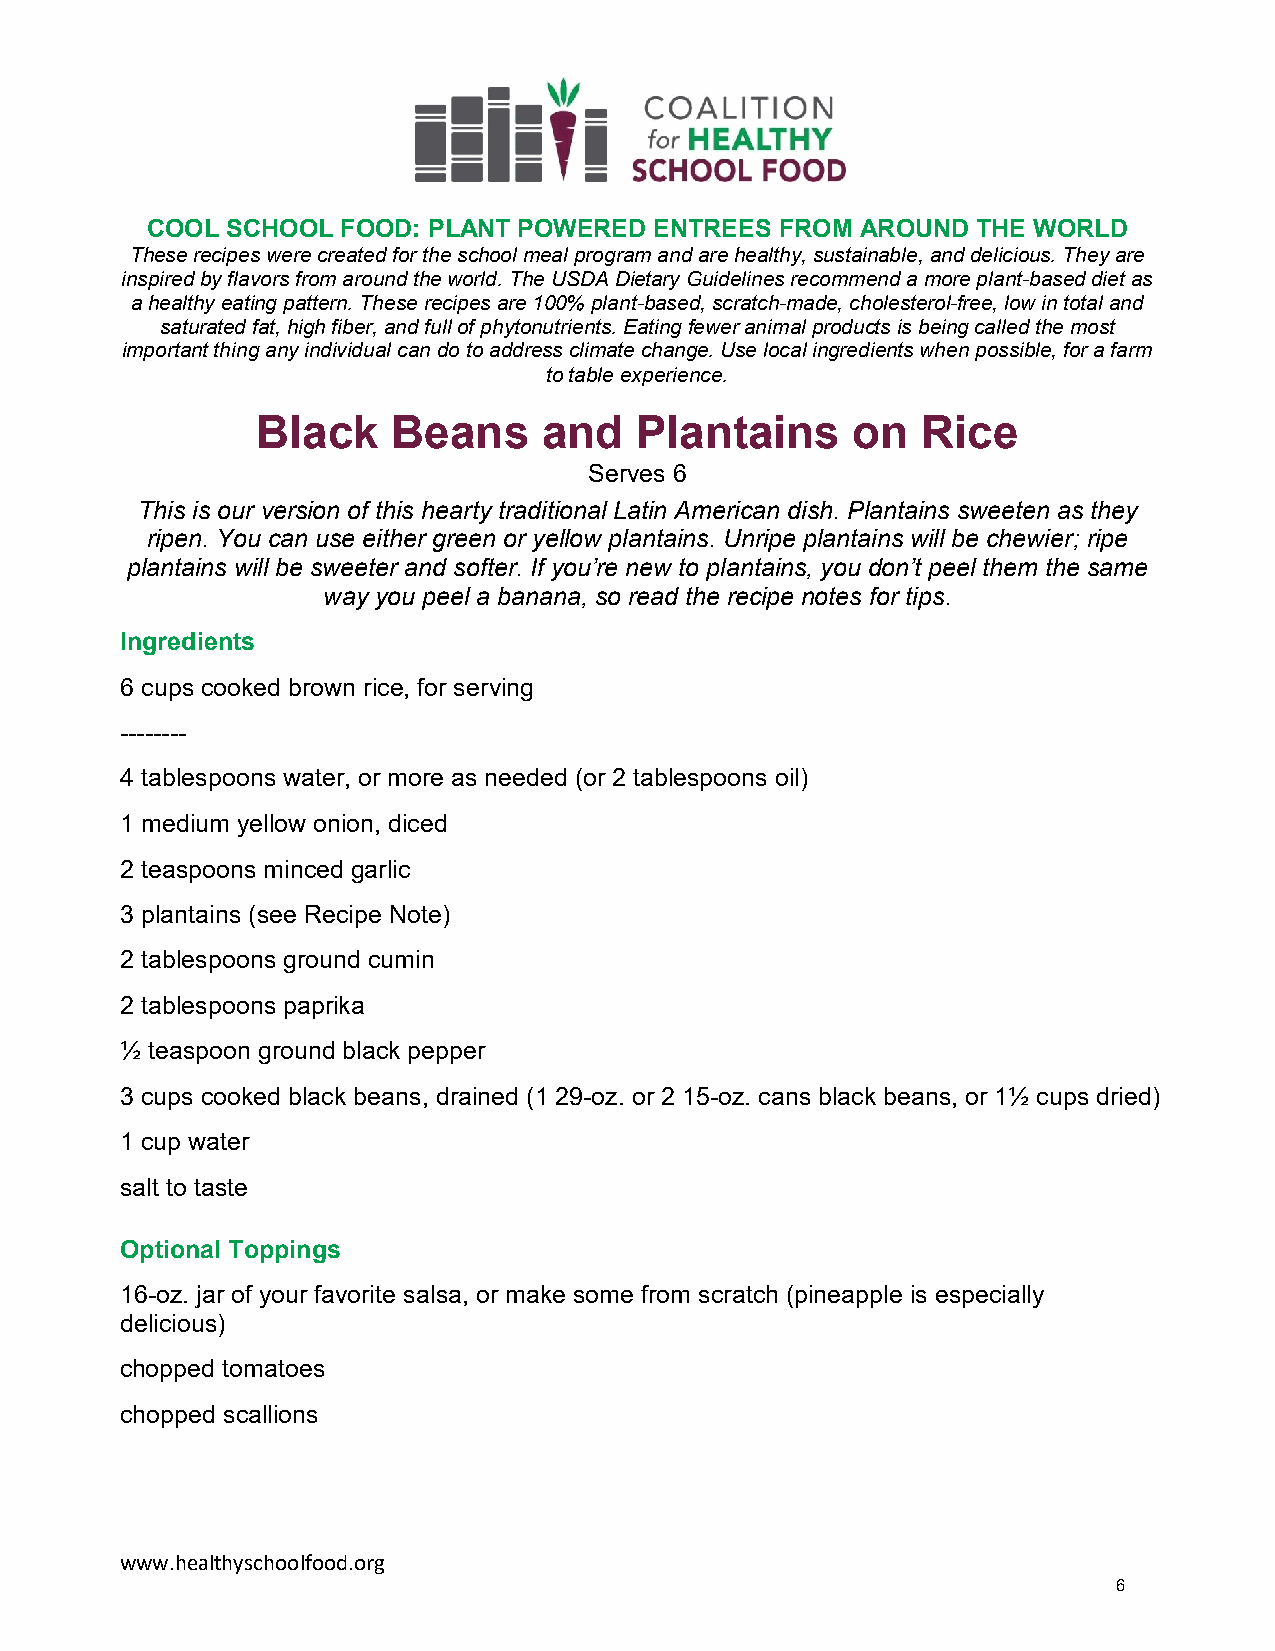
COOL SCHOOL  FOOD: PLANT POWERED ENTREES  FROM AROUND  THE WORLD
 These recipes were created for the school meal program and are healthy, sustainable, and delicious. They are
 inspired by flavors from around the world. The USDA Dietary Guidelines recommend a more plant-based diet as
 a healthy eating pattern. These recipes are 100% plant-based, scratch-made, cholesterol-free, low in total and
 saturated fat, high fiber, and full of phytonutrients. Eating fewer animal products is being called the most
 important thing any individual can do to address climate change. Use local ingredients when possible, for a farm
 to table experience.
 Black    Beans     and   Plantains     on   Rice
 Serves 6
 This is our version of this hearty traditional Latin American dish. Plantains sweeten as they
 ripen. You can use either green or yellow plantains. Unripe plantains will be chewier; ripe
 plantains will be sweeter and softer. If you’re new to plantains, you don’t peel them the same
 way you peel a banana, so read the recipe notes for tips.
 Ingredients
 6 cups cooked brown rice, for serving
 --------
 4 tablespoons water, or more as needed (or 2 tablespoons oil)
 1 medium yellow onion, diced
 2 teaspoons minced garlic
 3 plantains (see Recipe Note)
 2 tablespoons ground cumin
 2 tablespoons paprika
 ½ teaspoon ground black pepper
 3 cups cooked black beans, drained (1 29-oz. or 2 15-oz. cans black beans, or 1½ cups dried)
 1 cup water
 salt to taste
 Optional Toppings
 16-oz. jar of your favorite salsa, or make some from scratch (pineapple is especially
 delicious)
 chopped tomatoes
 chopped scallions
 www.healthyschoolfood.org
 6